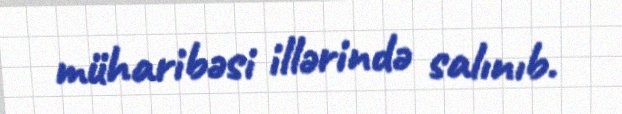
müharibəsi illərində salınıb.